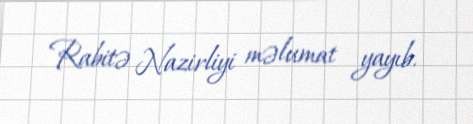
Rabitə Nazirliyi məlumat yayıb.